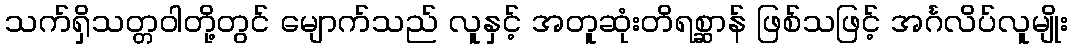
သက်ရှိသတ္တဝါတို့တွင် မျောက်သည် လူနှင့် အတူဆုံးတိရစ္ဆာန် ဖြစ်သဖြင့် အင်္ဂလိပ်လူမျိုး